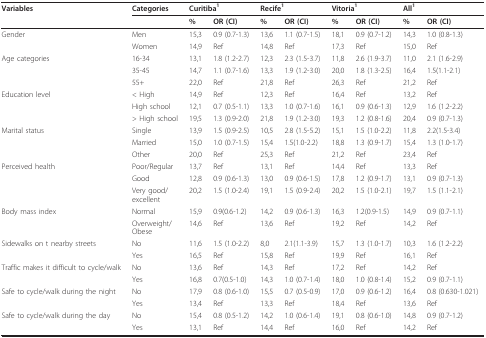
<table><thead><tr><td><b>Variables</b></td><td><b>Categories</b></td><td colspan="2"><b>Curitiba<sup>1</sup></b></td><td colspan="2"><b>Recife<sup>1</sup></b></td><td colspan="2"><b>Vitoria<sup>1</sup></b></td><td colspan="2"><b>All<sup>1</sup></b></td></tr><tr><td></td><td></td><td><b>%</b></td><td><b>OR (CI)</b></td><td><b>%</b></td><td><b>OR (CI)</b></td><td><b>%</b></td><td><b>OR (CI)</b></td><td><b>%</b></td><td><b>OR (CI)</b></td></tr></thead><tbody><tr><td>Gender</td><td>Men</td><td>15,3</td><td>0.9 (0.7-1.3)</td><td>13,6</td><td>1.1 (0.7-1.5)</td><td>18,1</td><td>0.9 (0.7-1.2)</td><td>14,3</td><td>1.0 (0.8-1.3)</td></tr><tr><td></td><td>Women</td><td>14,9</td><td>Ref</td><td>14,8</td><td>Ref</td><td>17,3</td><td>Ref</td><td>15,0</td><td>Ref</td></tr><tr><td>Age categories</td><td>16-34</td><td>13,1</td><td>1.8 (1.2-2.7)</td><td>12,3</td><td>2.3 (1.5-3.7)</td><td>11,8</td><td>2.6 (1.9-3.7)</td><td>11,0</td><td>2.1 (1.6-2.9)</td></tr><tr><td></td><td>35-45</td><td>14,7</td><td>1.1 (0.7-1.6)</td><td>13,3</td><td>1.9 (1.2-3.0)</td><td>20,0</td><td>1.8 (1.3-2.5)</td><td>16,4</td><td>1.5(1.1-2.1)</td></tr><tr><td></td><td>55+</td><td>22,0</td><td>Ref</td><td>21,8</td><td>Ref</td><td>26,3</td><td>Ref</td><td>21,2</td><td>Ref</td></tr><tr><td>Education level</td><td>&lt; High</td><td>14,9</td><td>Ref</td><td>12,3</td><td>Ref</td><td>16,4</td><td>Ref</td><td>13,2</td><td>Ref</td></tr><tr><td></td><td>High school</td><td>12,1</td><td>0.7 (0.5-1.1)</td><td>13,3</td><td>1.0 (0.7-1.6)</td><td>16,1</td><td>0.9 (0.6-1.3)</td><td>12,9</td><td>1.6 (1.2-2.2)</td></tr><tr><td></td><td>&gt; High school</td><td>19,5</td><td>1.3 (0.9-2.0)</td><td>21,8</td><td>1.9 (1.2-3.0)</td><td>19,3</td><td>1.2 (0.8-1.6)</td><td>20,4</td><td>0.9 (0.7-1.3)</td></tr><tr><td>Marital status</td><td>Single</td><td>13,9</td><td>1.5 (0.9-2.5)</td><td>10,5</td><td>2.8 (1.5-5.2)</td><td>15,1</td><td>1.5 (1.0-2.2)</td><td>11,8</td><td>2.2(1.5-3.4)</td></tr><tr><td></td><td>Married</td><td>15,0</td><td>1.0 (0.7-1.5)</td><td>15,4</td><td>1.5(1.0-2.2)</td><td>18,8</td><td>1.3 (0.9-1.7)</td><td>15,4</td><td>1.3 (1.0-1.7)</td></tr><tr><td></td><td>Other</td><td>20,0</td><td>Ref</td><td>25,3</td><td>Ref</td><td>21,2</td><td>Ref</td><td>23,4</td><td>Ref</td></tr><tr><td>Perceived health</td><td>Poor/Regular</td><td>13,7</td><td>Ref</td><td>13,1</td><td>Ref</td><td>14,4</td><td>Ref</td><td>13,3</td><td>Ref</td></tr><tr><td></td><td>Good</td><td>12,8</td><td>0.9 (0.6-1.3)</td><td>13,0</td><td>0.9 (0.6-1.5)</td><td>17,8</td><td>1.2 (0.9-1.7)</td><td>13,1</td><td>0.9 (0.7-1.3)</td></tr><tr><td></td><td>Very good/excellent</td><td>20,2</td><td>1.5 (1.0-2.4)</td><td>19,1</td><td>1.5 (0.9-2.4)</td><td>20,2</td><td>1.5 (1.0-2.1)</td><td>19,7</td><td>1.5 (1.1-2.1)</td></tr><tr><td>Body mass index</td><td>Normal</td><td>15,9</td><td>0.9(0.6-1.2)</td><td>14,2</td><td>0.9 (0.6-1.3)</td><td>16,3</td><td>1.2(0.9-1.5)</td><td>14,9</td><td>0.9 (0.7-1.1)</td></tr><tr><td></td><td>Overweight/Obese</td><td>14,6</td><td>Ref</td><td>13,6</td><td>Ref</td><td>19,2</td><td>Ref</td><td>14,2</td><td>Ref</td></tr><tr><td>Sidewalks on t nearby streets</td><td>No</td><td>11,6</td><td>1.5 (1.0-2.2)</td><td>8,0</td><td>2.1(1.1-3.9)</td><td>15,7</td><td>1.3 (1.0-1.7)</td><td>10,3</td><td>1.6 (1.2-2.2)</td></tr><tr><td></td><td>Yes</td><td>16,5</td><td>Ref</td><td>15,8</td><td>Ref</td><td>19,9</td><td>Ref</td><td>16,1</td><td>Ref</td></tr><tr><td>Traffic makes it difficult to cycle/walk</td><td>No</td><td>13,6</td><td>Ref</td><td>14,3</td><td>Ref</td><td>17,2</td><td>Ref</td><td>14,2</td><td>Ref</td></tr><tr><td></td><td>Yes</td><td>16,8</td><td>0.7(0.5-1.0)</td><td>14,3</td><td>1.0 (0.7-1.4)</td><td>18,0</td><td>1.0 (0.8-1.4)</td><td>15,2</td><td>0.9 (0.7-1.1)</td></tr><tr><td>Safe to cycle/walk during the night</td><td>No</td><td>17,9</td><td>0.8 (0.6-1.0)</td><td>15,5</td><td>0.7 (0.5-0.9)</td><td>17,0</td><td>0.9 (0.6-1.2)</td><td>16,4</td><td>0.8 (0.630-1.021)</td></tr><tr><td></td><td>Yes</td><td>13,4</td><td>Ref</td><td>13,3</td><td>Ref</td><td>18,4</td><td>Ref</td><td>13,6</td><td>Ref</td></tr><tr><td>Safe to cycle/walk during the day</td><td>No</td><td>15,4</td><td>0.8 (0.5-1.2)</td><td>14,2</td><td>1.0 (0.6-1.4)</td><td>19,1</td><td>0.8 (0.6-1.0)</td><td>14,8</td><td>0.9 (0.7-1.2)</td></tr><tr><td></td><td>Yes</td><td>13,1</td><td>Ref</td><td>14,4</td><td>Ref</td><td>16,0</td><td>Ref</td><td>14,2</td><td>Ref</td></tr></tbody></table>